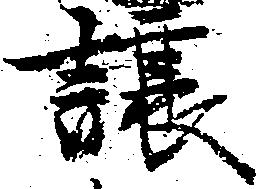
譲